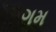
ગમ